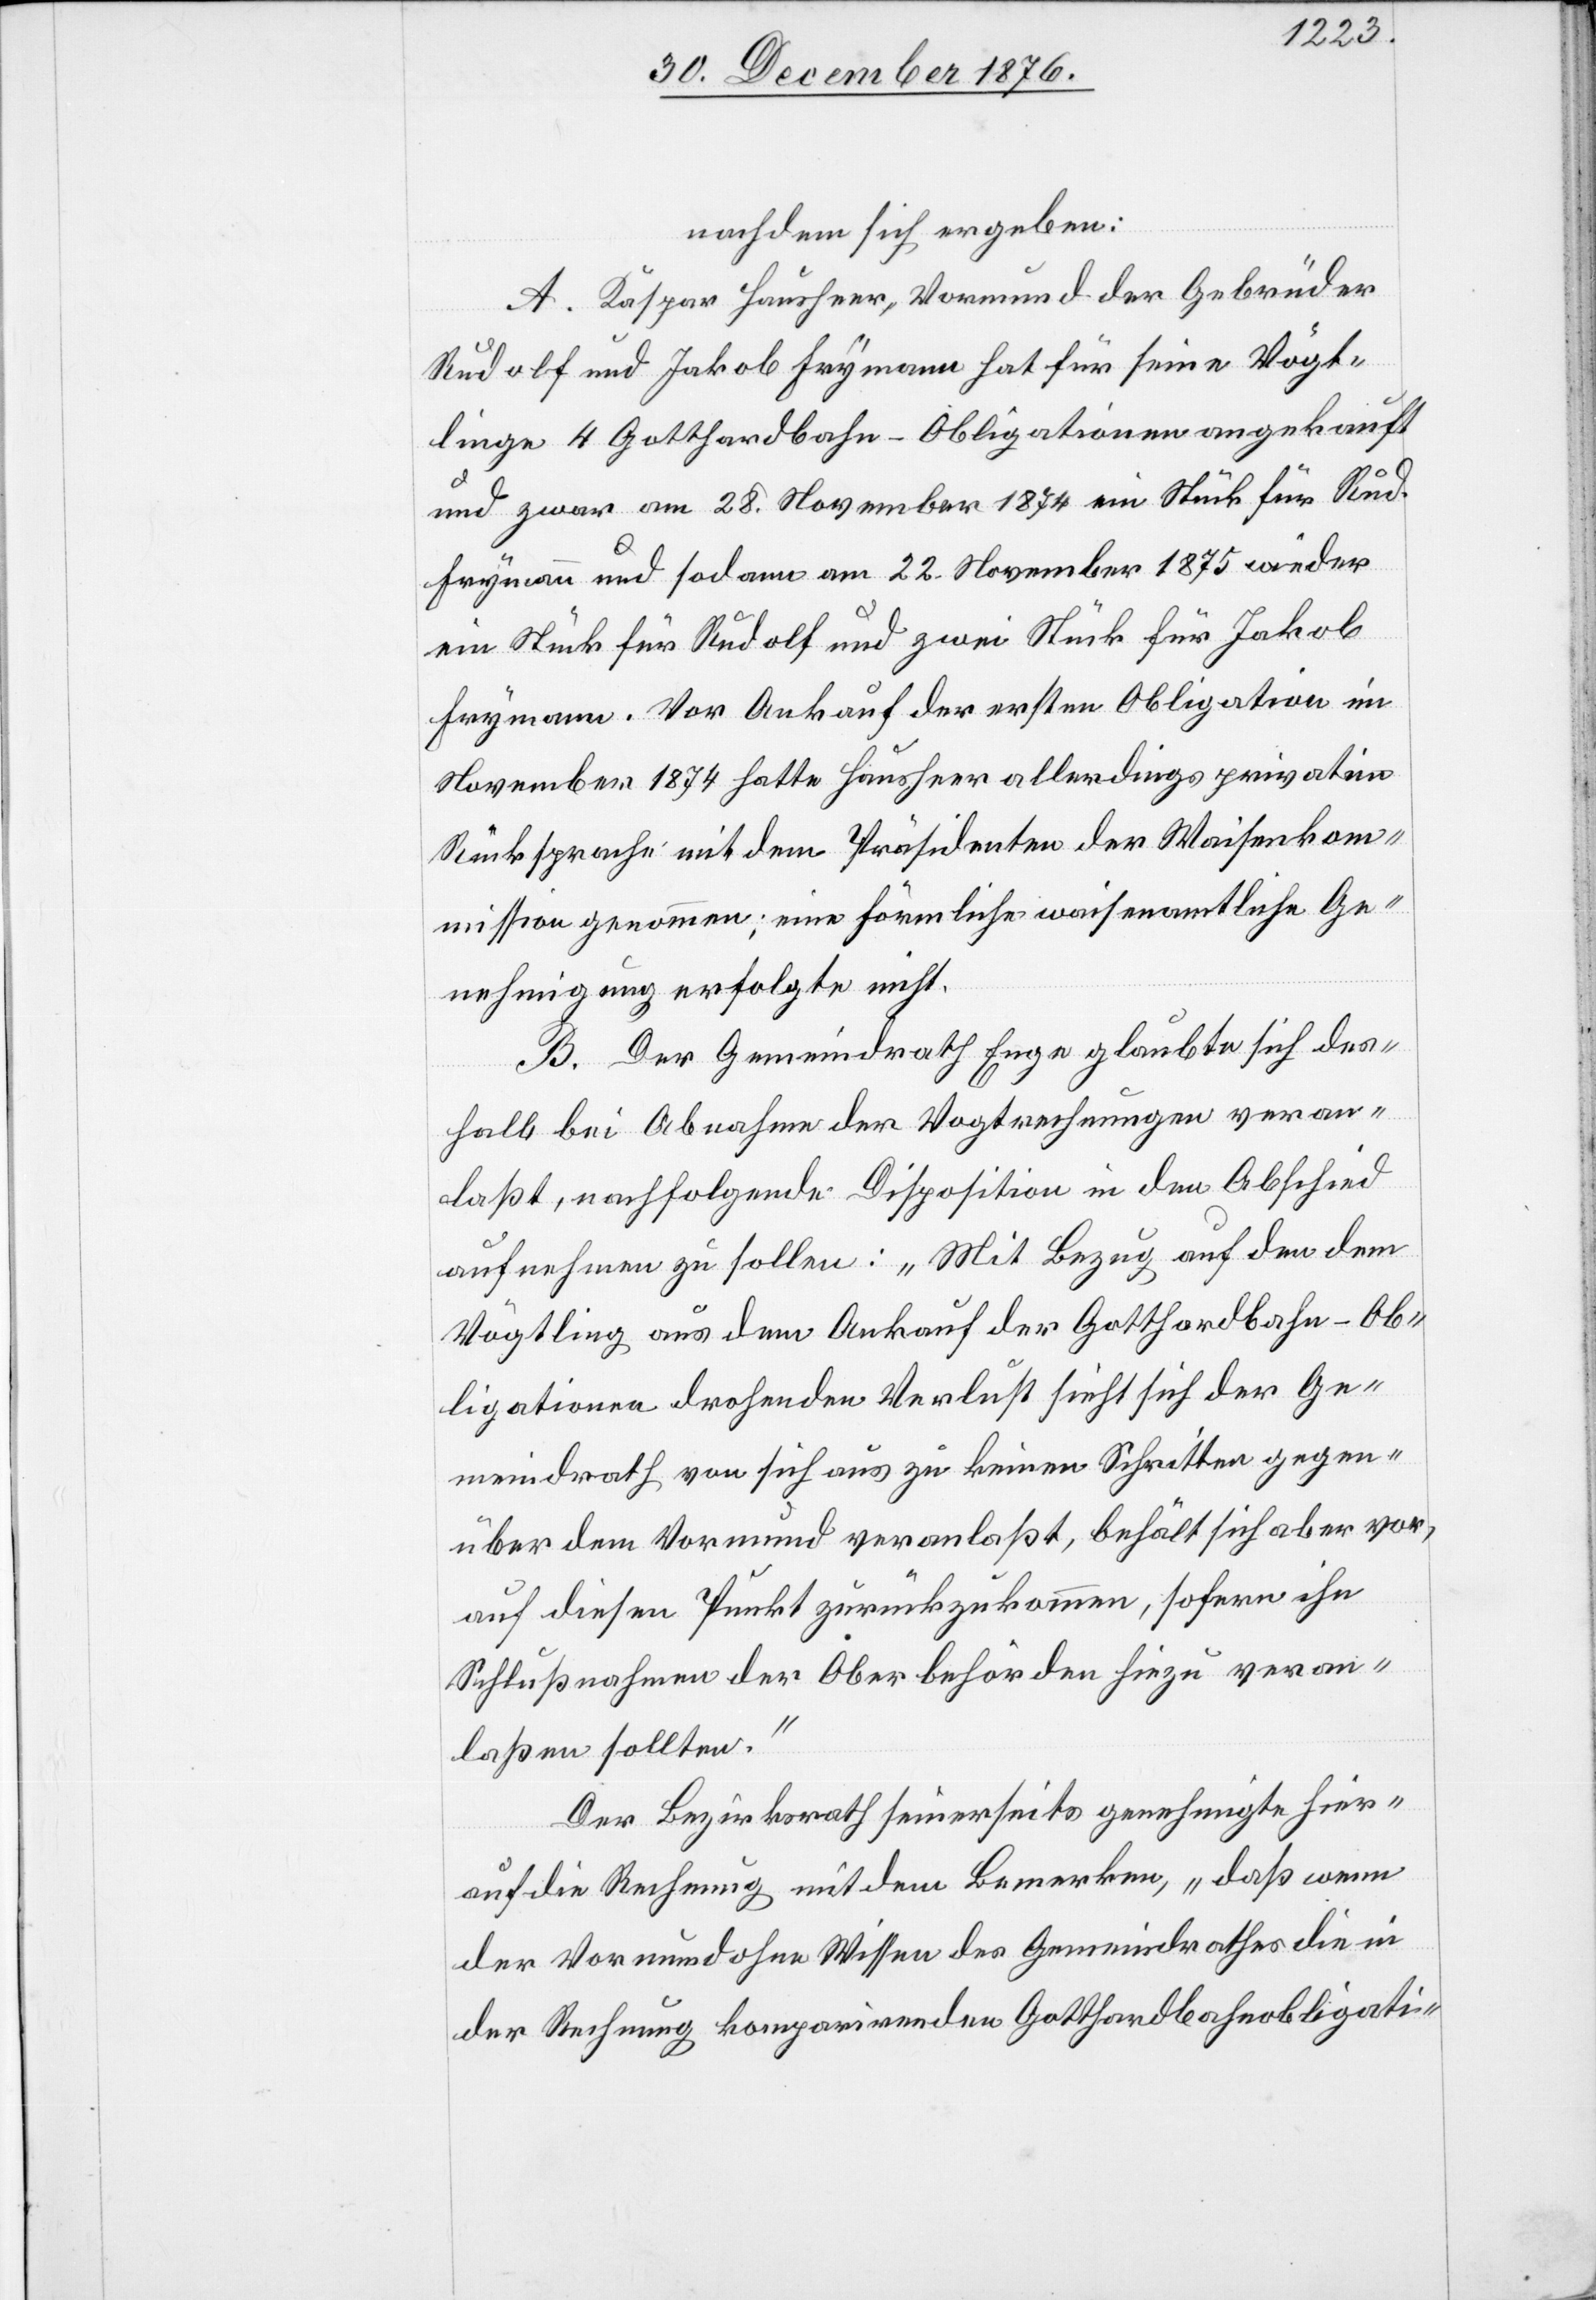
nachdem sich ergeben:
A. Kaspar Hausheer, Vormund der Gebrüder
Rudolf und Jakob Frymann hat für seine Vögt¬
linge 4 Gotthardbahn-Obligationen angekauft
und zwar am 28. November 1874 ein Stück für Rud.
Frymann und sodann am 22. November 1875 wieder
ein Stück für Rudolf und zwei Stück für Jakob
Frymann. Vor Ankauf der ersten Obligation im
November 1874 hatte Hausheer allerdings privatim
Rücksprache mit dem Präsidenten der Waisenkom¬
mission genommen; eine förmliche waisenamtliche Ge¬
nehmigung erfolgte nicht.
B. Der Gemeindrath Enge glaubte sich des¬
halb bei Abnahme der Vogtrechnungen veran¬
laßt, nachfolgende Disposition in den Abschied
aufnehmen zu sollen: „Mit Bezug auf den dem
Vögtling aus dem Ankauf der Gotthardbahn-Ob¬
ligationen drohenden Verlust sieht sich der Ge¬
meindrath von sich aus zu keinen Schritten gegen¬
über dem Vormund veranlaßt, behält sich aber vor,
auf diesen Punkt zurückzukommen, sofern ihn
Schlußnahmen der Oberbehörden hiezu veran¬
laßen sollten.“
Der Bezirksrath seinerseits genehmigte hier¬
auf die Rechnung mit dem Bemerken, „daß wenn
der Vormund ohne Wissen des Gemeindrathes die in
der Rechnung komparirenden Gotthardbahnobligati-